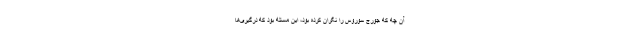
آن چه که جورج سوروس را نگران کرده بود، این مسئله بود که درگیری‌ها